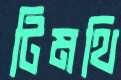
টিমথি